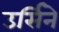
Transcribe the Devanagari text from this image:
उर्सिने